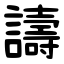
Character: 譸